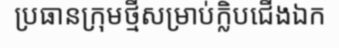
ប្រធានក្រុមថ្មីសម្រាប់ក្លិបជើងឯក